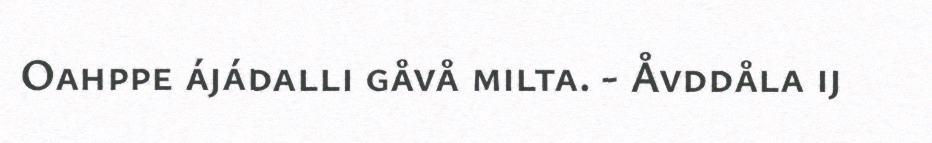
Oahppe ájádalli gåvå milta. - Åvddåla ij